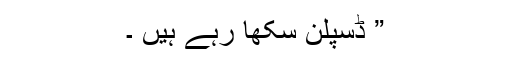
” ڈسپلن سکھا رہے ہیں ۔